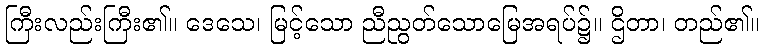
ကြီးလည်းကြီး၏။ ဒေသေ၊ မြင့်သော ညီညွတ်သောမြေအရပ်၌။ ဌိတာ၊ တည်၏။